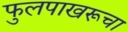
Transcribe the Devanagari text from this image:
फुलपाखरूचा